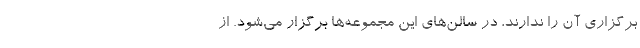
برگزاری آن‌ را ندارند، در سالن‌های این مجموعه‌ها برگزار می‌شود. از